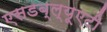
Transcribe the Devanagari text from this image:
एसडब्ल्यूएटी